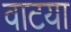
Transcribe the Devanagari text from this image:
वाटया